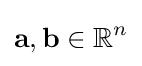
{\textbf {a}},{\textbf {b}}\in \mathbb {R} ^{n}